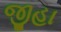
જીહા